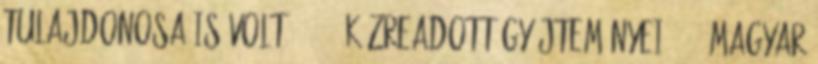
tulajdonosa is volt. 13 14 Közreadott gyűjteményei: 101 magyar